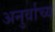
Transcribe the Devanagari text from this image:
अनुर्वाच्य